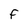
Character: F